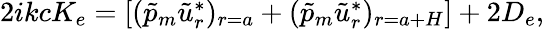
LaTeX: \begin{array}{r}{2ikcK_{e}=\left[(\tilde{p}_{m}\tilde{u}_{r}^{*})_{r=a}+(\tilde{p}_{m}\tilde{u}_{r}^{*})_{r=a+H}\right]+2D_{e},}\end{array}